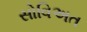
સોવિઅત